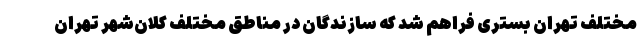
مختلف تهران بستری فراهم شد که سازندگان در مناطق مختلف کلان‌شهر تهران